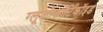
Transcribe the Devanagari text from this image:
ग्लूकोकार्टिकॉइड